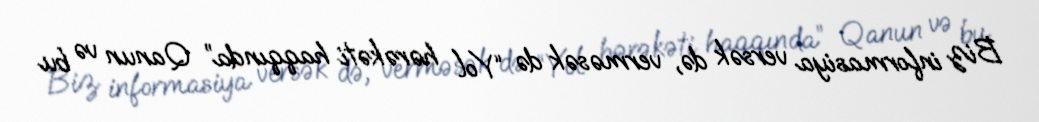
Biz informasiya versək də, verməsək də “Yol hərəkəti haqqında” Qanun və bu